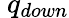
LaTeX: \ q_{down}